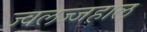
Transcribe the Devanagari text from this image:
ज्वलज्जहाल